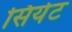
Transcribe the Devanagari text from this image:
सियेट